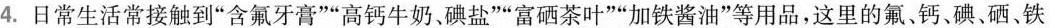
4.日常生活常接触到”含氟牙膏””高钙牛奶、碘盐””富硒茶叶””加铁酱油”等用品，这里的氟、钙、碘、硒、铁